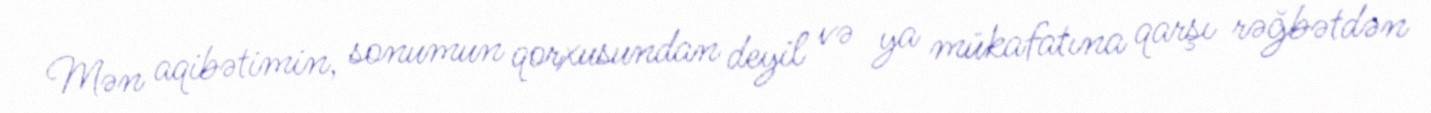
Mən aqibətimin, sonumun qorxusundan deyil və ya mükafatına qarşı rəğbətdən